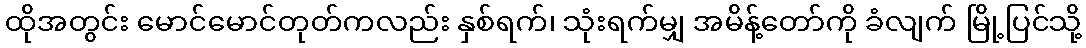
ထိုအတွင်း မောင်မောင်တုတ်ကလည်း နှစ်ရက်၊ သုံးရက်မျှ အမိန့်တော်ကို ခံလျက် မြို့ပြင်သို့